Sleeping sickness
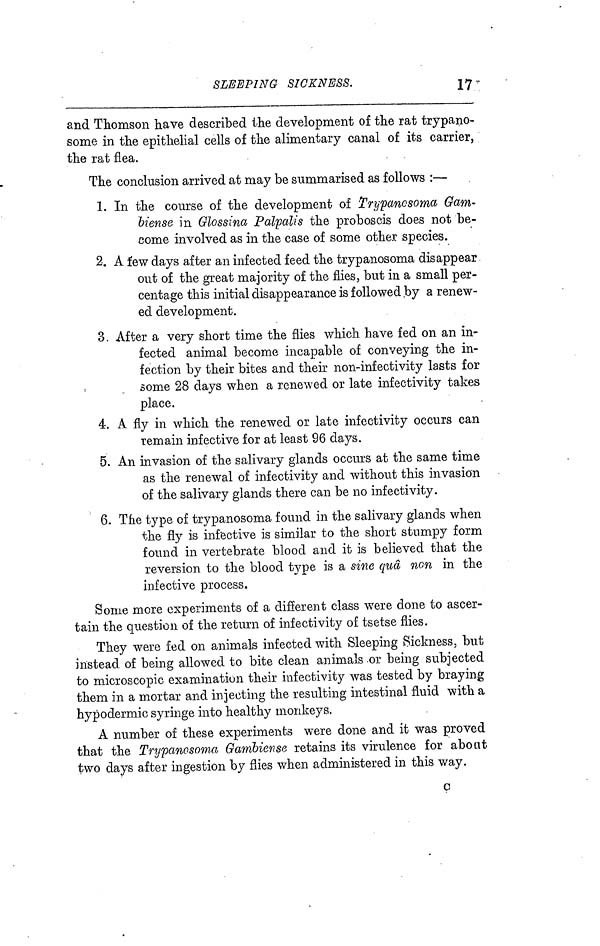
SLEEPING SICKNESS.
17
and Thomson have described the development of the rat trypano-
some in the epithelial cells of the alimentary canal of its carrier,
the rat flea.
The conclusion arrived at may be summarised as follows :—
1. In the course of the development of Trypancsoma Gam-
biense in Glossina Palpalis the proboscis does not be-
come involved as in the case of some other species.
2. A few days after an infected feed the trypanosoma disappear
out of the great majority of the flies, but in a small per-
centage this initial disappearance is followed by a renew-
ed development.
3. After a very short time the flies which have fed on an in-
fected animal become incapable of conveying the in-
fection by their bites and their non-infectivity lasts for
some 28 days when a renewed or late infectivity takes
place.
4. A fly in which the renewed or late infectivity occurs can
remain infective for at least 96 days.
5. An invasion of the salivary glands occurs at the same time
as the renewal of infectivity and without this invasion
of the salivary glands there can be no infectivity.
6. The type of trypanosoma found in the salivary glands when
the fly is infective is similar to the short stumpy form
found in vertebrate blood and it is believed that the
reversion to the blood type is a sine quâ non in the
infective process.
Some more experiments of a different class were done to ascer-
tain the question of the return of infectivity of tsetse flies.
They were fed on animals infected with Sleeping Sickness, but
instead of being allowed to bite clean animals or being subjected
to microscopic examination their infectivity was tested by braying
them in a mortar and injecting the resulting intestinal fluid with a
hypodermic syringe into healthy monkeys.
A number of these experiments were done and it was proved
that the Trypanosoma Gambiense retains its virulence for about
two days after ingestion by flies when administered in this way.
c